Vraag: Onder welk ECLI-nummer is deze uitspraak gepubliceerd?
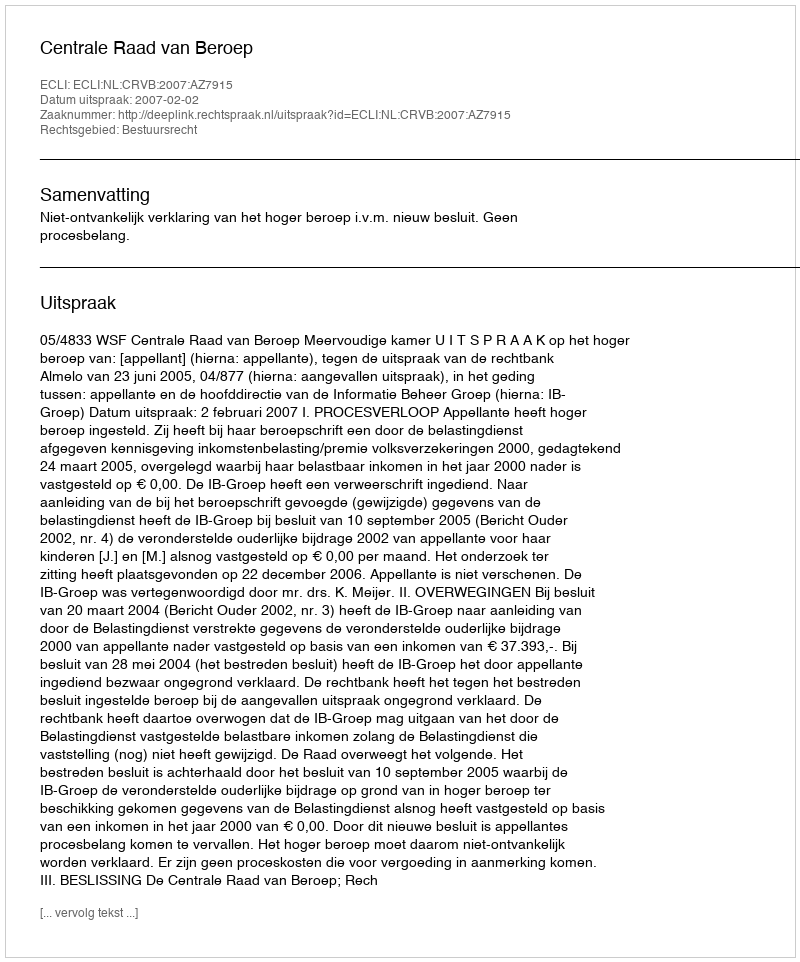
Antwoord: ECLI:NL:CRVB:2007:AZ7915